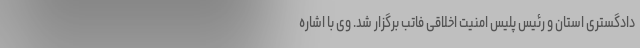
دادگستری استان و رئیس پلیس امنیت اخلاقی فاتب برگزار شد. وی با اشاره